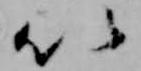
以